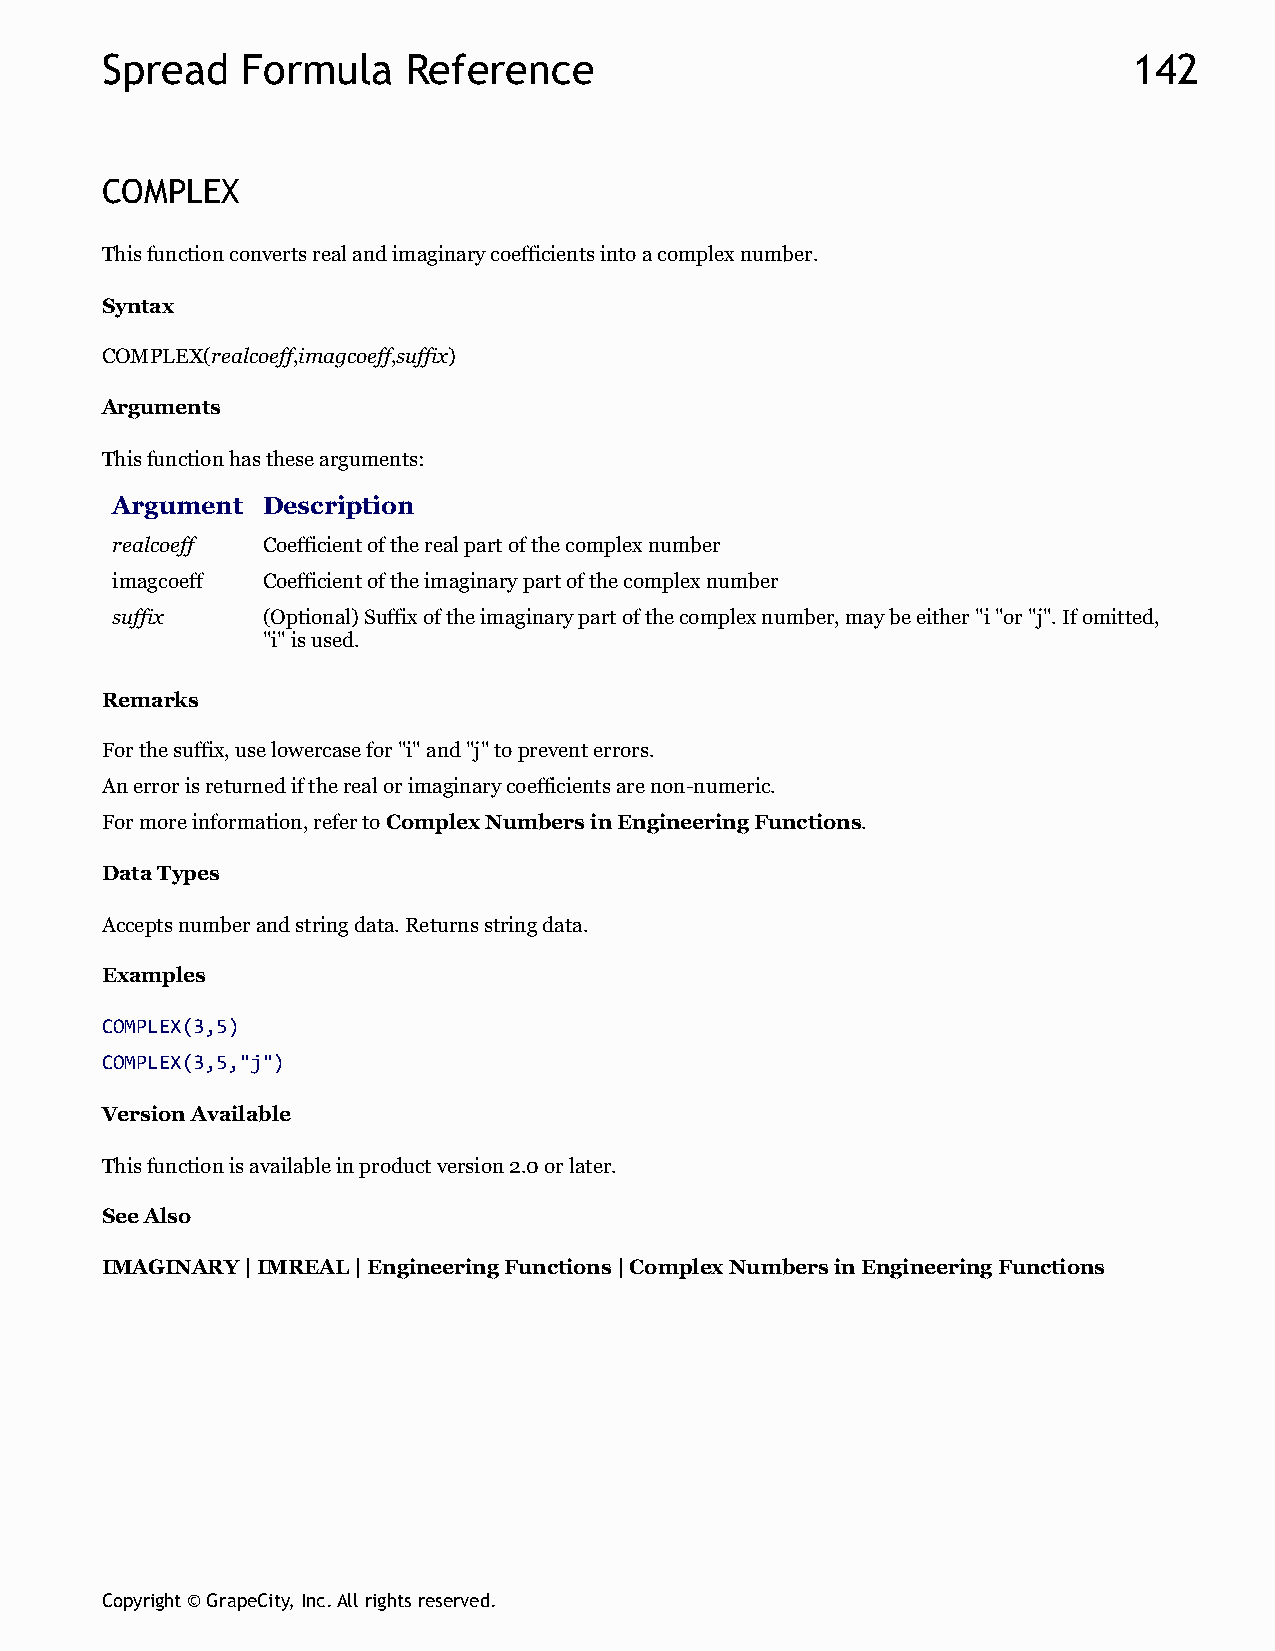
Spread   Formula    Reference                                       142
 COMPLEX
 This function converts real and imaginary coefficients into a complex number.
 Syntax
 COMPLEX(realcoeff,imagcoeff,suffix)
 Arguments
 This function has these arguments:
 Argument  Description
 realcoeff Coefficient of the real part of the complex number
 imagcoeff Coefficient of the imaginary part of the complex number
 suffix    (Optional) Suffix of the imaginary part of the complex number, may be either "i "or "j". If omitted,
 "i" is used.
 Remarks
 For the suffix, use lowercase for "i" and "j" to prevent errors.
 An error is returned if the real or imaginary coefficients are non-numeric.
 For more information, refer to Complex Numbers in Engineering Functions.
 Data Types
 Accepts number and string data. Returns string data.
 Examples
 COMPLEX(3,5)
 COMPLEX(3,5,"j")
 Version Available
 This function is available in product version 2.0 or later.
 See Also
 IMAGINARY | IMREAL | Engineering Functions | Complex Numbers in Engineering Functions
 Copyright © GrapeCity, Inc. All rights reserved.